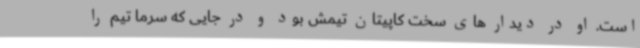
است. او در دیدار های سخت کاپیتان تیمش بود و در جایی که سرما تیم را